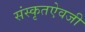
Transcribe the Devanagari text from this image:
संस्कृतऐवजी